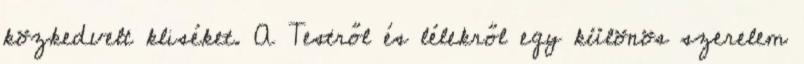
közkedvelt kliséket. A Testről és lélekről egy különös szerelem